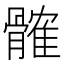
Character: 髉